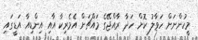
މީހުންނަށް ހަވާލު ކޮށް ހަދާ ރާއްޖޭގެ މައްޗަށް އެމެރިކާ އާއި އިންޑިއާ އަޑީގައި